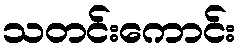
သတင်းကောင်း